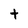
Character: t